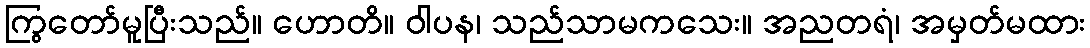
ကြွတော်မူပြီးသည်။ ဟောတိ။ ဝါပန၊ သည်သာမကသေး။ အညတရံ၊ အမှတ်မထား